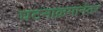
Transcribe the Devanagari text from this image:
घटनाक्रमानंतर